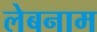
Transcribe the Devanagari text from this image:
लेबनाम